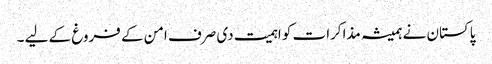
پاکستان نے ہمیشہ مذاکرات کو اہمیت دی صرف امن کے فروغ کے لیے ۔